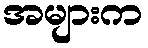
အများက